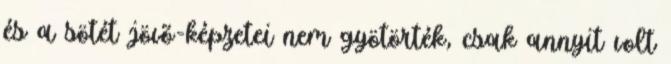
és a sötét jövõ-képzetei nem gyötörték, csak annyit volt